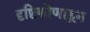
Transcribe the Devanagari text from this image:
दृष्टिकोणाहून